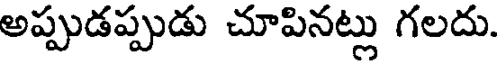
అప్పుడప్పుడు చూపినట్లు గలదు.